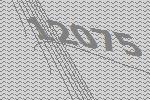
12075